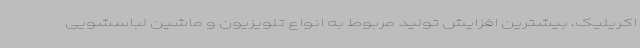
اکریلیک، بیشترین افزایش تولید مربوط به انواع تلویزیون و ماشین لباسشویی